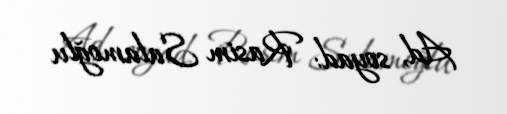
Ad, soyad: Rasim Salamoğlu